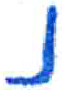
אות: נ